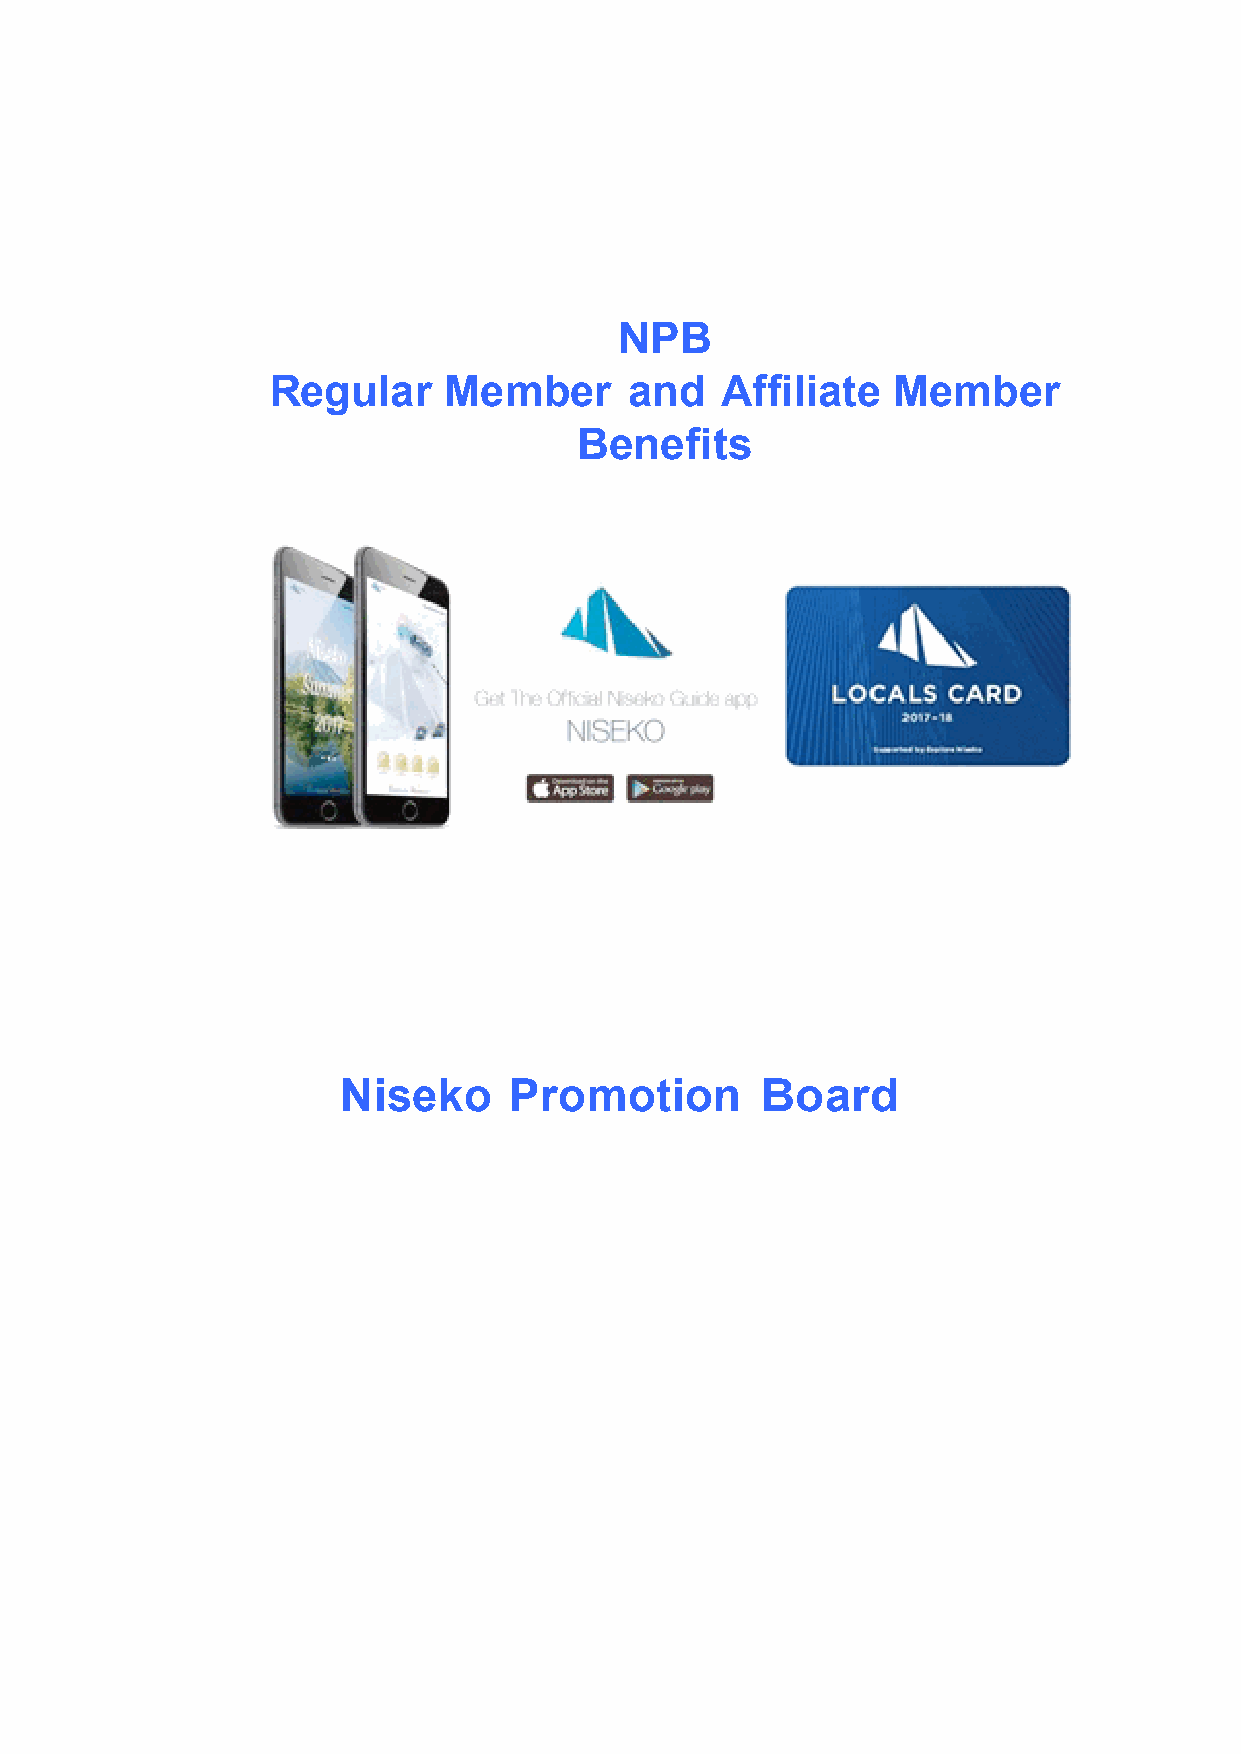
NPB
 ember     and     ffiliate
 Regular    M                  A          Member
 enefits
 B
 Niseko     Promotion       Board